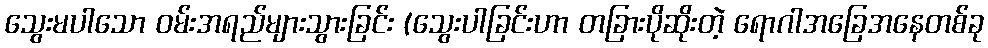
သွေးမပါသော ဝမ်းအရည်များသွားခြင်း (သွေးပါခြင်းဟာ တခြားပိုဆိုးတဲ့ ရောဂါအခြေအနေတစ်ခု